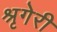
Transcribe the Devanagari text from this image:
श्रृगेरी